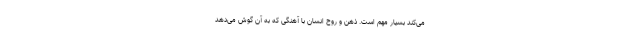
می‌کند بسیار مهم است. ذهن و روح انسان با آهنگی که به آن گوش می‌دهد